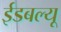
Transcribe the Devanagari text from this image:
ईडबल्यू